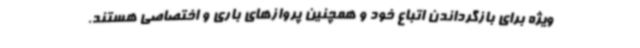
ویژه برای بازگرداندن اتباع خود و همچنین پروازهای باری و اختصاصی هستند.